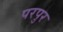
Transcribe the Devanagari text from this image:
परपुर